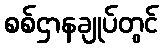
စစ်ဌာနချုပ်တွင်